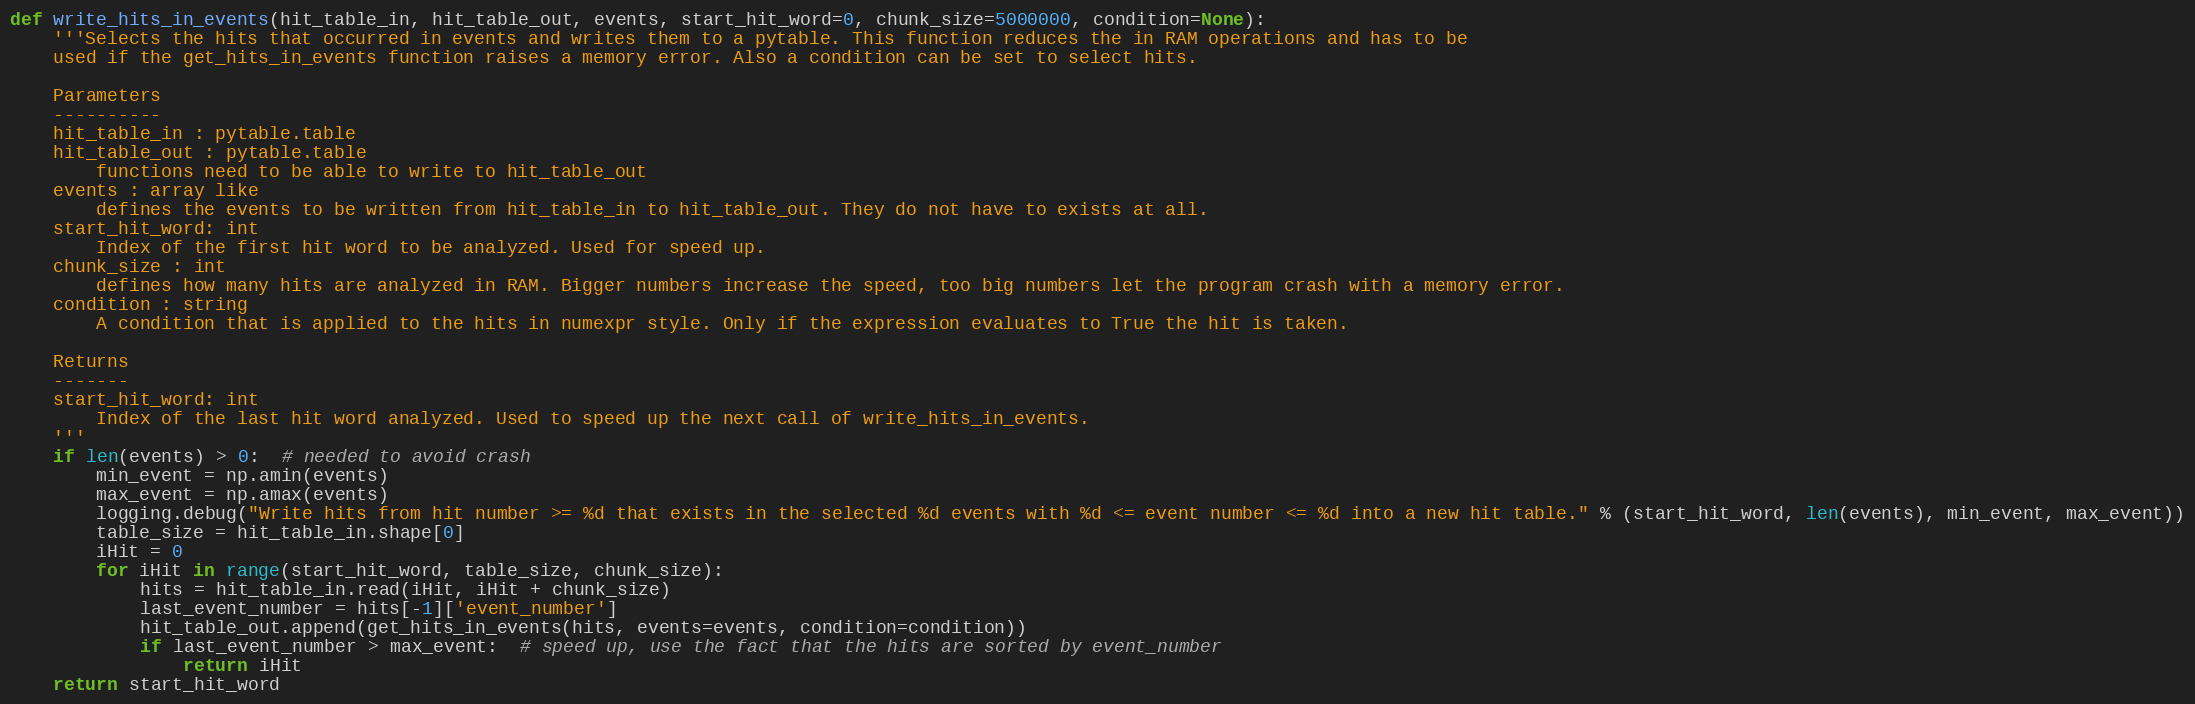
Language: Python
def write_hits_in_events(hit_table_in, hit_table_out, events, start_hit_word=0, chunk_size=5000000, condition=None):
    '''Selects the hits that occurred in events and writes them to a pytable. This function reduces the in RAM operations and has to be
    used if the get_hits_in_events function raises a memory error. Also a condition can be set to select hits.

    Parameters
    ----------
    hit_table_in : pytable.table
    hit_table_out : pytable.table
        functions need to be able to write to hit_table_out
    events : array like
        defines the events to be written from hit_table_in to hit_table_out. They do not have to exists at all.
    start_hit_word: int
        Index of the first hit word to be analyzed. Used for speed up.
    chunk_size : int
        defines how many hits are analyzed in RAM. Bigger numbers increase the speed, too big numbers let the program crash with a memory error.
    condition : string
        A condition that is applied to the hits in numexpr style. Only if the expression evaluates to True the hit is taken.

    Returns
    -------
    start_hit_word: int
        Index of the last hit word analyzed. Used to speed up the next call of write_hits_in_events.
    '''
    if len(events) > 0:  # needed to avoid crash
        min_event = np.amin(events)
        max_event = np.amax(events)
        logging.debug("Write hits from hit number >= %d that exists in the selected %d events with %d <= event number <= %d into a new hit table." % (start_hit_word, len(events), min_event, max_event))
        table_size = hit_table_in.shape[0]
        iHit = 0
        for iHit in range(start_hit_word, table_size, chunk_size):
            hits = hit_table_in.read(iHit, iHit + chunk_size)
            last_event_number = hits[-1]['event_number']
            hit_table_out.append(get_hits_in_events(hits, events=events, condition=condition))
            if last_event_number > max_event:  # speed up, use the fact that the hits are sorted by event_number
                return iHit
    return start_hit_word